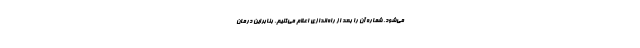
می‌شود. شماره آن را بعد از راه‌اندازی اعلام می‌کنیم. بنابراین درمان